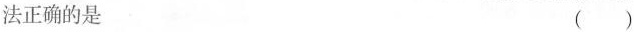
法正确的是 ()